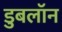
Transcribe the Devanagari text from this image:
डुबलॉन